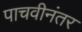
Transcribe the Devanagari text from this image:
पाचवीनंतर